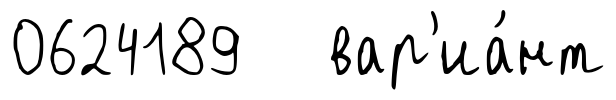
0624189 вар'иа́нт